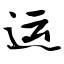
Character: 运